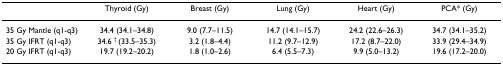
<table><thead><tr><td></td><td><b>Thyroid (Gy)</b></td><td><b>Breast (Gy)</b></td><td><b>Lung (Gy)</b></td><td><b>Heart (Gy)</b></td><td><b>PCA* (Gy)</b></td></tr></thead><tbody><tr><td>35 Gy Mantle (q1-q3)</td><td>34.4 (34.1–34.8)</td><td>9.0 (7.7–11.5)</td><td>14.7 (14.1–15.7)</td><td>24.2 (22.6–26.3)</td><td>34.7 (34.1–35.2)</td></tr><tr><td>35 Gy IFRT (q1-q3)</td><td>34.6 <sup>† </sup>(33.5–35.3)</td><td>3.2 (1.8–4.4)</td><td>11.2 (9.7–12.9)</td><td>17.2 (8.7–22.0)</td><td>33.9 (29.4–34.9)</td></tr><tr><td>20 Gy IFRT (q1-q3)</td><td>19.7 (19.2–20.2)</td><td>1.8 (1.0–2.6)</td><td>6.4 (5.5–7.3)</td><td>9.9 (5.0–13.2)</td><td>19.6 (17.2–20.0)</td></tr></tbody></table>